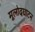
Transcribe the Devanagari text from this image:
मूलोदघाटन